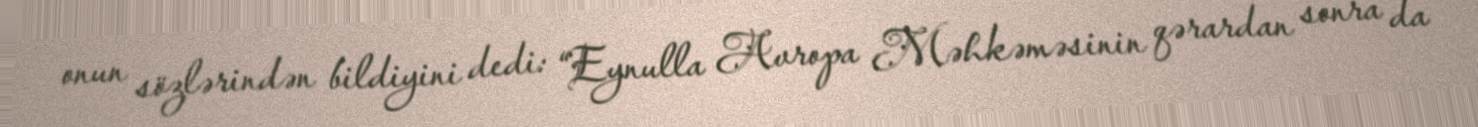
onun sözlərindən bildiyini dedi: “Eynulla Avropa Məhkəməsinin qərardan sonra da